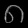
Digit: ၈